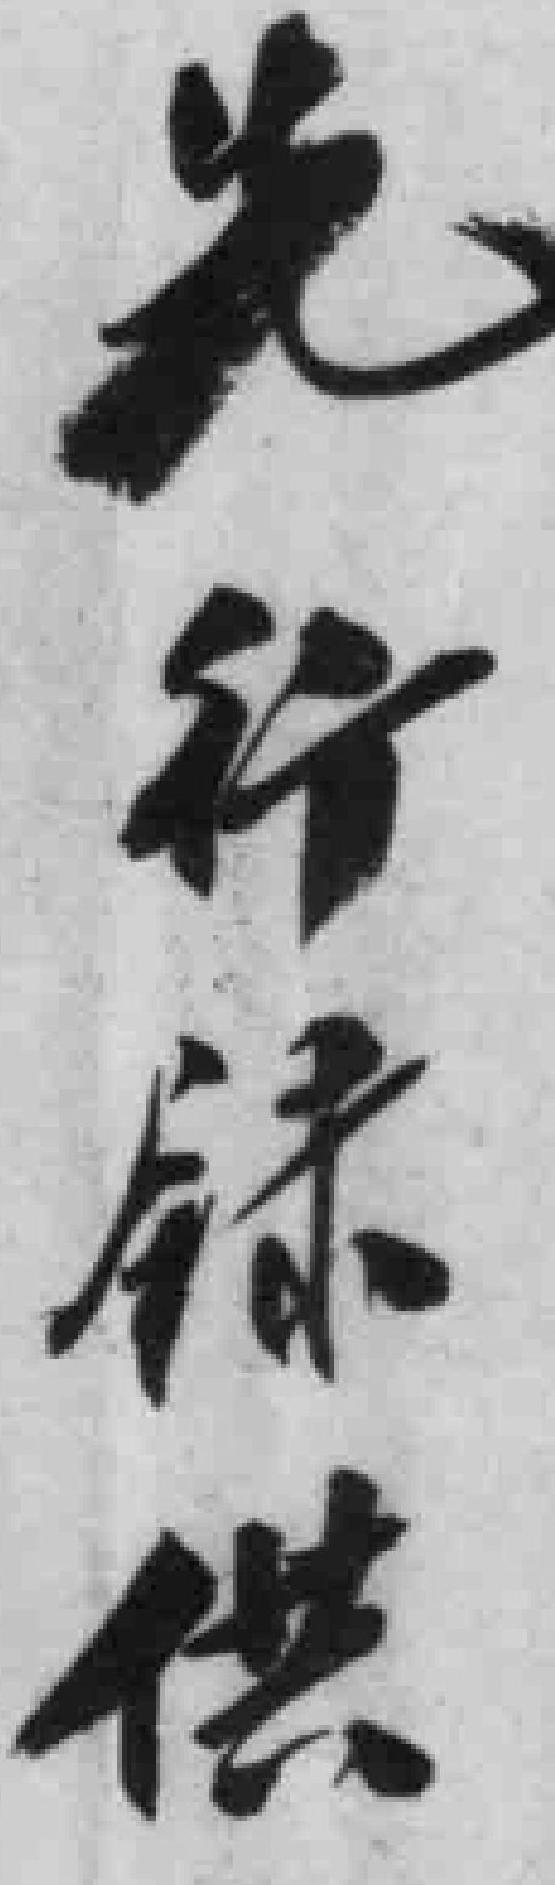
先行録供